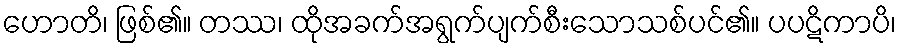
ဟောတိ၊ ဖြစ်၏။ တဿ၊ ထိုအခက်အရွက်ပျက်စီးသောသစ်ပင်၏။ ပပဋိကာပိ၊